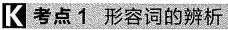
K 考点1 形容词的辨析